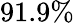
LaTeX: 91.9\%